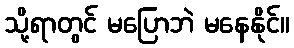
သို့ရာတွင် မပြောဘဲ မနေနိုင်။